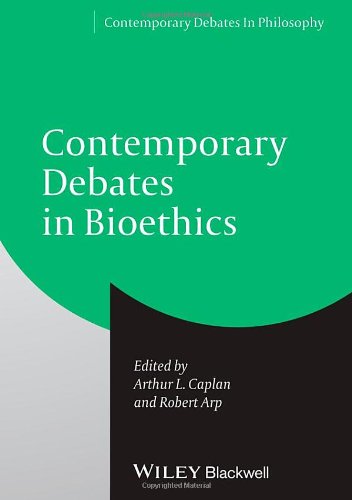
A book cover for Contemporary Debates in Bioethics; Medical Books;